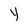
Character: y